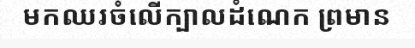
មកឈរចំលើក្បាលដំណេក ព្រមាន